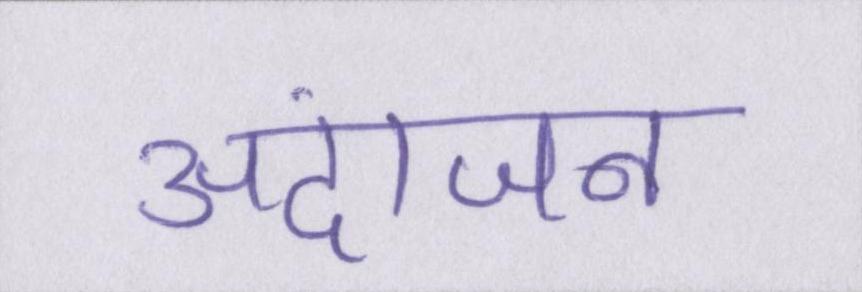
अंदाजन